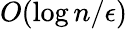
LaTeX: O(\log n/\epsilon)